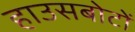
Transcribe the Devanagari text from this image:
हाउसबोटों